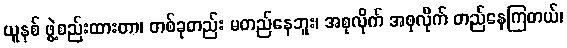
ယူနစ် ဖွဲ့စည်းထားတာ၊ တစ်ခုတည်း မတည်နေဘူး၊ အစုလိုက် အစုလိုက် တည်နေကြတယ်၊